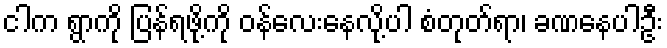
ငါက ရွာကို ပြန်ရဖို့ကို ဝန်လေးနေလို့ပါ စံတုတ်ရာ၊ ခဏနေပါဦး